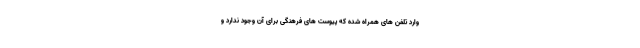
وارد تلفن های همراه شده که پیوست های فرهنگی برای آن وجود ندارد و